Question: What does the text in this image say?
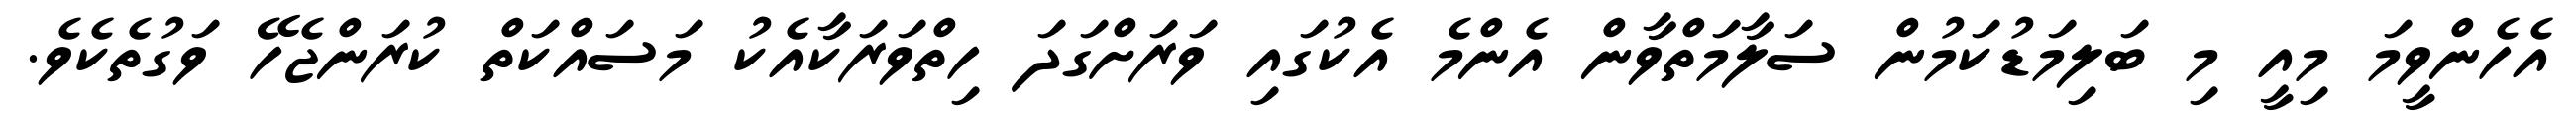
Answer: އެހެންވީމަ މިއީ މި ބަލިމަޑުކަމުން ސަލާމަތްވާން އެންމެ އެކުގައި ވަރަށްގަދަ ހިތްވަރަކާއެކު މަސައްކަތް ކުރަންޖެހޭ ވަގުތެކެވެ.